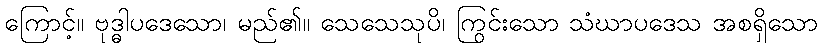
ကြောင့်။ ဗုဒ္ဓါပဒေသော၊ မည်၏။ သေသေသုပိ၊ ကြွင်းသော သံဃာပဒေသ အစရှိသော